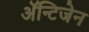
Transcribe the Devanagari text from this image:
अॅन्टिजेन